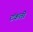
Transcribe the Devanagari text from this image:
टंकली